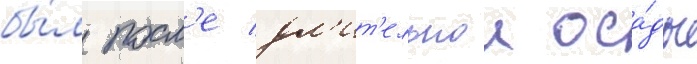
бы́л посл'е дл'ит'ельнои оса́ды